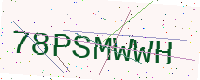
Text: 78PSMWWH